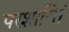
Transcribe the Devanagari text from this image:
परशान्तिं